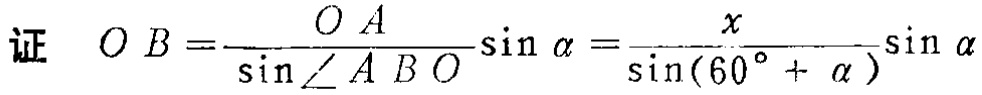
证 \(O B=\frac{O A}{\sin\angle A B O}\sin\alpha=\frac{x}{\sin(60^{\circ}+\alpha)}\sin\alpha\)